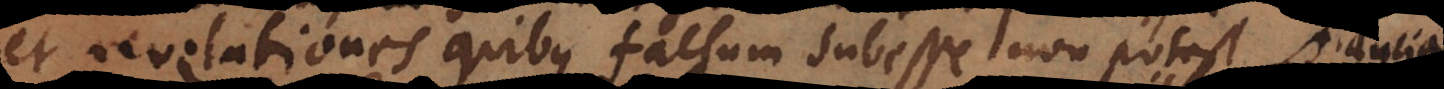
et revelationes quibus falsum subesse non potest, quia